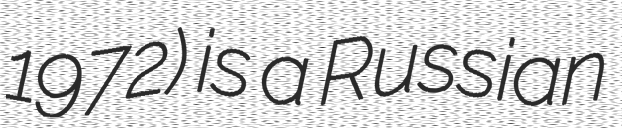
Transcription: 1972) is a Russian